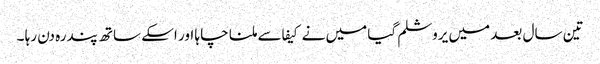
تین سال بعد میں یروشلم گیا میں نے کیفا سے ملنا چا ہا اور اسکے ساتھ پندرہ دن رہا ۔